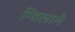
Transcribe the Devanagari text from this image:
ग्विलामे